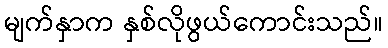
မျက်နှာက နှစ်လိုဖွယ်ကောင်းသည်။